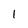
Character: I